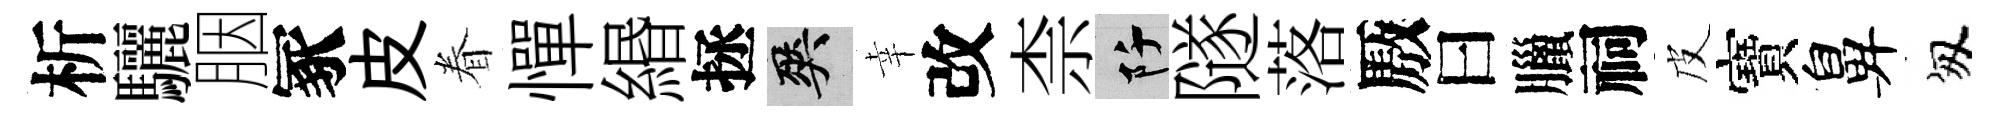
析驪胭冢皮眷憚緡拯爽幸改柰阡隧落厫曰臘祠皮寶鼻匆